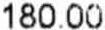
180.00